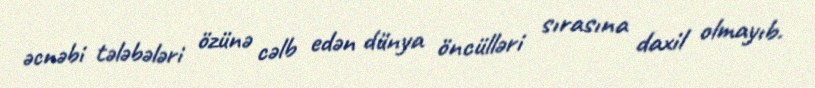
əcnəbi tələbələri özünə cəlb edən dünya öncülləri sırasına daxil olmayıb.